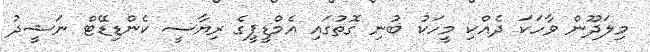
މިލަދޫން ވާހަކަ ދެއްކި މީހަކު ބުނި ގޮތުގައި އެމްޑީޕީގެ ރިޔާސީ ކެންޑިޑޭޓް ނަޝީދު